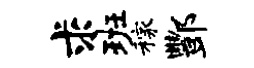
求班稼酆